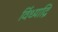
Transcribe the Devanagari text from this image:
विंध्याद्रि